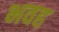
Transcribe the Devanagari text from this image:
भवह